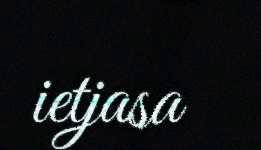
ietjasa